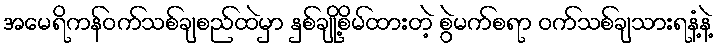
အမေရိကန်ဝက်သစ်ချစည်ထဲမှာ နှစ်ချို့စိမ်ထားတဲ့ စွဲမက်စရာ ဝက်သစ်ချသားရနံ့နဲ့